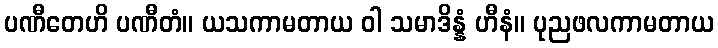
ပဏီတေဟိ ပဏီတံ။ ယသကာမတာယ ဝါ သမာဒိန္နံ ဟီနံ။ ပုညဖလကာမတာယ